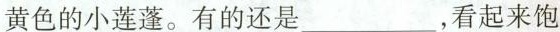
黄色的小莲蓬。有的还是___，看起来饱